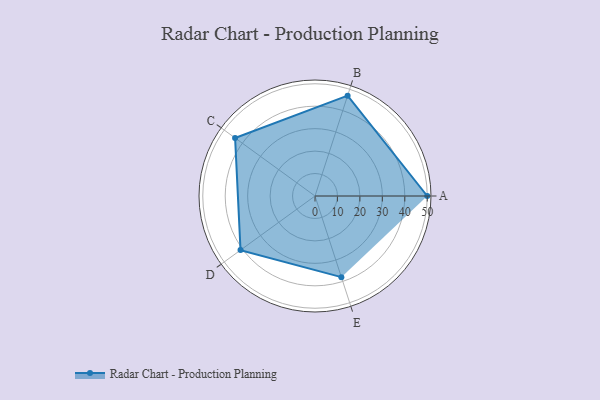
{"axis": {"x": "Skill", "y": "Score"}, "legend": ["Profile"], "data": [{"x": "A", "y": 50.0, "type": "Profile"}, {"x": "B", "y": 47.0, "type": "Profile"}, {"x": "C", "y": 44.0, "type": "Profile"}, {"x": "D", "y": 41.0, "type": "Profile"}, {"x": "E", "y": 38.0, "type": "Profile"}]}